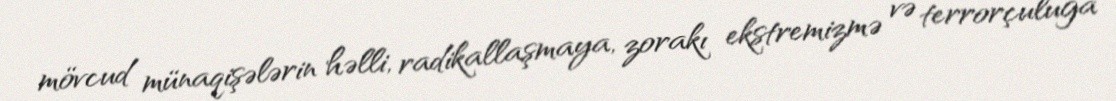
mövcud münaqişələrin həlli, radikallaşmaya, zorakı ekstremizmə və terrorçuluğa